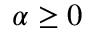
\alpha \ge 0